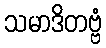
သမာဒိတဗ္ဗံ